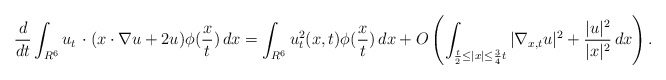
\begin{align*}\frac{d}{dt}\int_{R^6}u_t\,\cdot (x\cdot\nabla u+2u)\phi(\frac{x}{t})\,dx=\int_{R^6}u_t^2(x,t)\phi(\frac{x}{t})\,dx+O\left(\int_{\frac{t}{2}\leq |x|\leq \frac{3}{4}t}|\nabla_{x,t} u|^2+\frac{|u|^2}{|x|^2}\,dx\right).\end{align*}